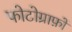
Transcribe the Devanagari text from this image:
फोटोग्राफ़ों